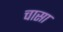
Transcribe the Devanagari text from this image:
चासा